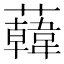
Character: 𧃙